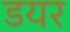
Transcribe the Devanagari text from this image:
डयर